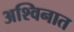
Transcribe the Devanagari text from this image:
अश्विनात